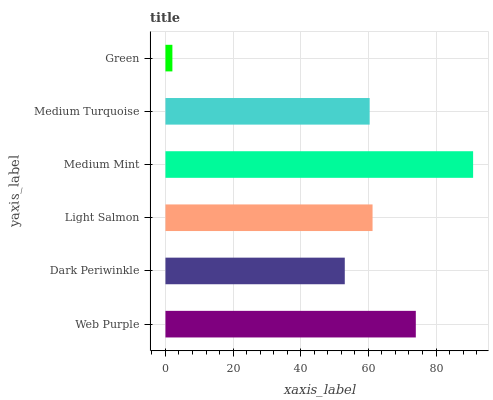
| yaxis_label | bars |
 | --- | --- |
 | Web Purple | 74 |
 | Dark Periwinkle | 53 |
 | Light Salmon | 61.2 |
 | Medium Mint | 91 |
 | Medium Turquoise | 60.4 |
 | Green | 2.05 |